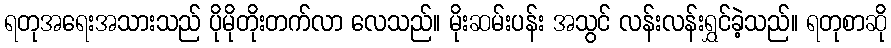
ရတုအရေးအသားသည် ပိုမိုတိုးတက်လာ လေသည်။ မိုးဆမ်းပန်း အသွင် လန်းလန်းရွှင်ခဲ့သည်။ ရတုစာဆို